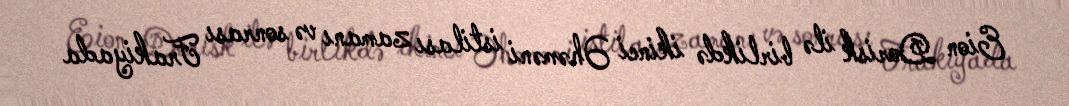
Eion Dorisk ilə birlikdə ikinci Əhəməni istilası zamanı və sonrası Frakiyada